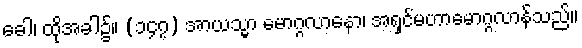
ခေါ၊ ထိုအခါ၌။ (၁၄၇) အာယသ္မာ မောဂ္ဂလာနော၊ အရှင်မဟာမောဂ္ဂလာန်သည်။